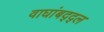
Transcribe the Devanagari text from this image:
वाघांबद्द्ल